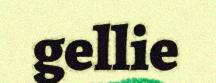
gellie